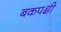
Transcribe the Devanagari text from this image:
बकपक्षी